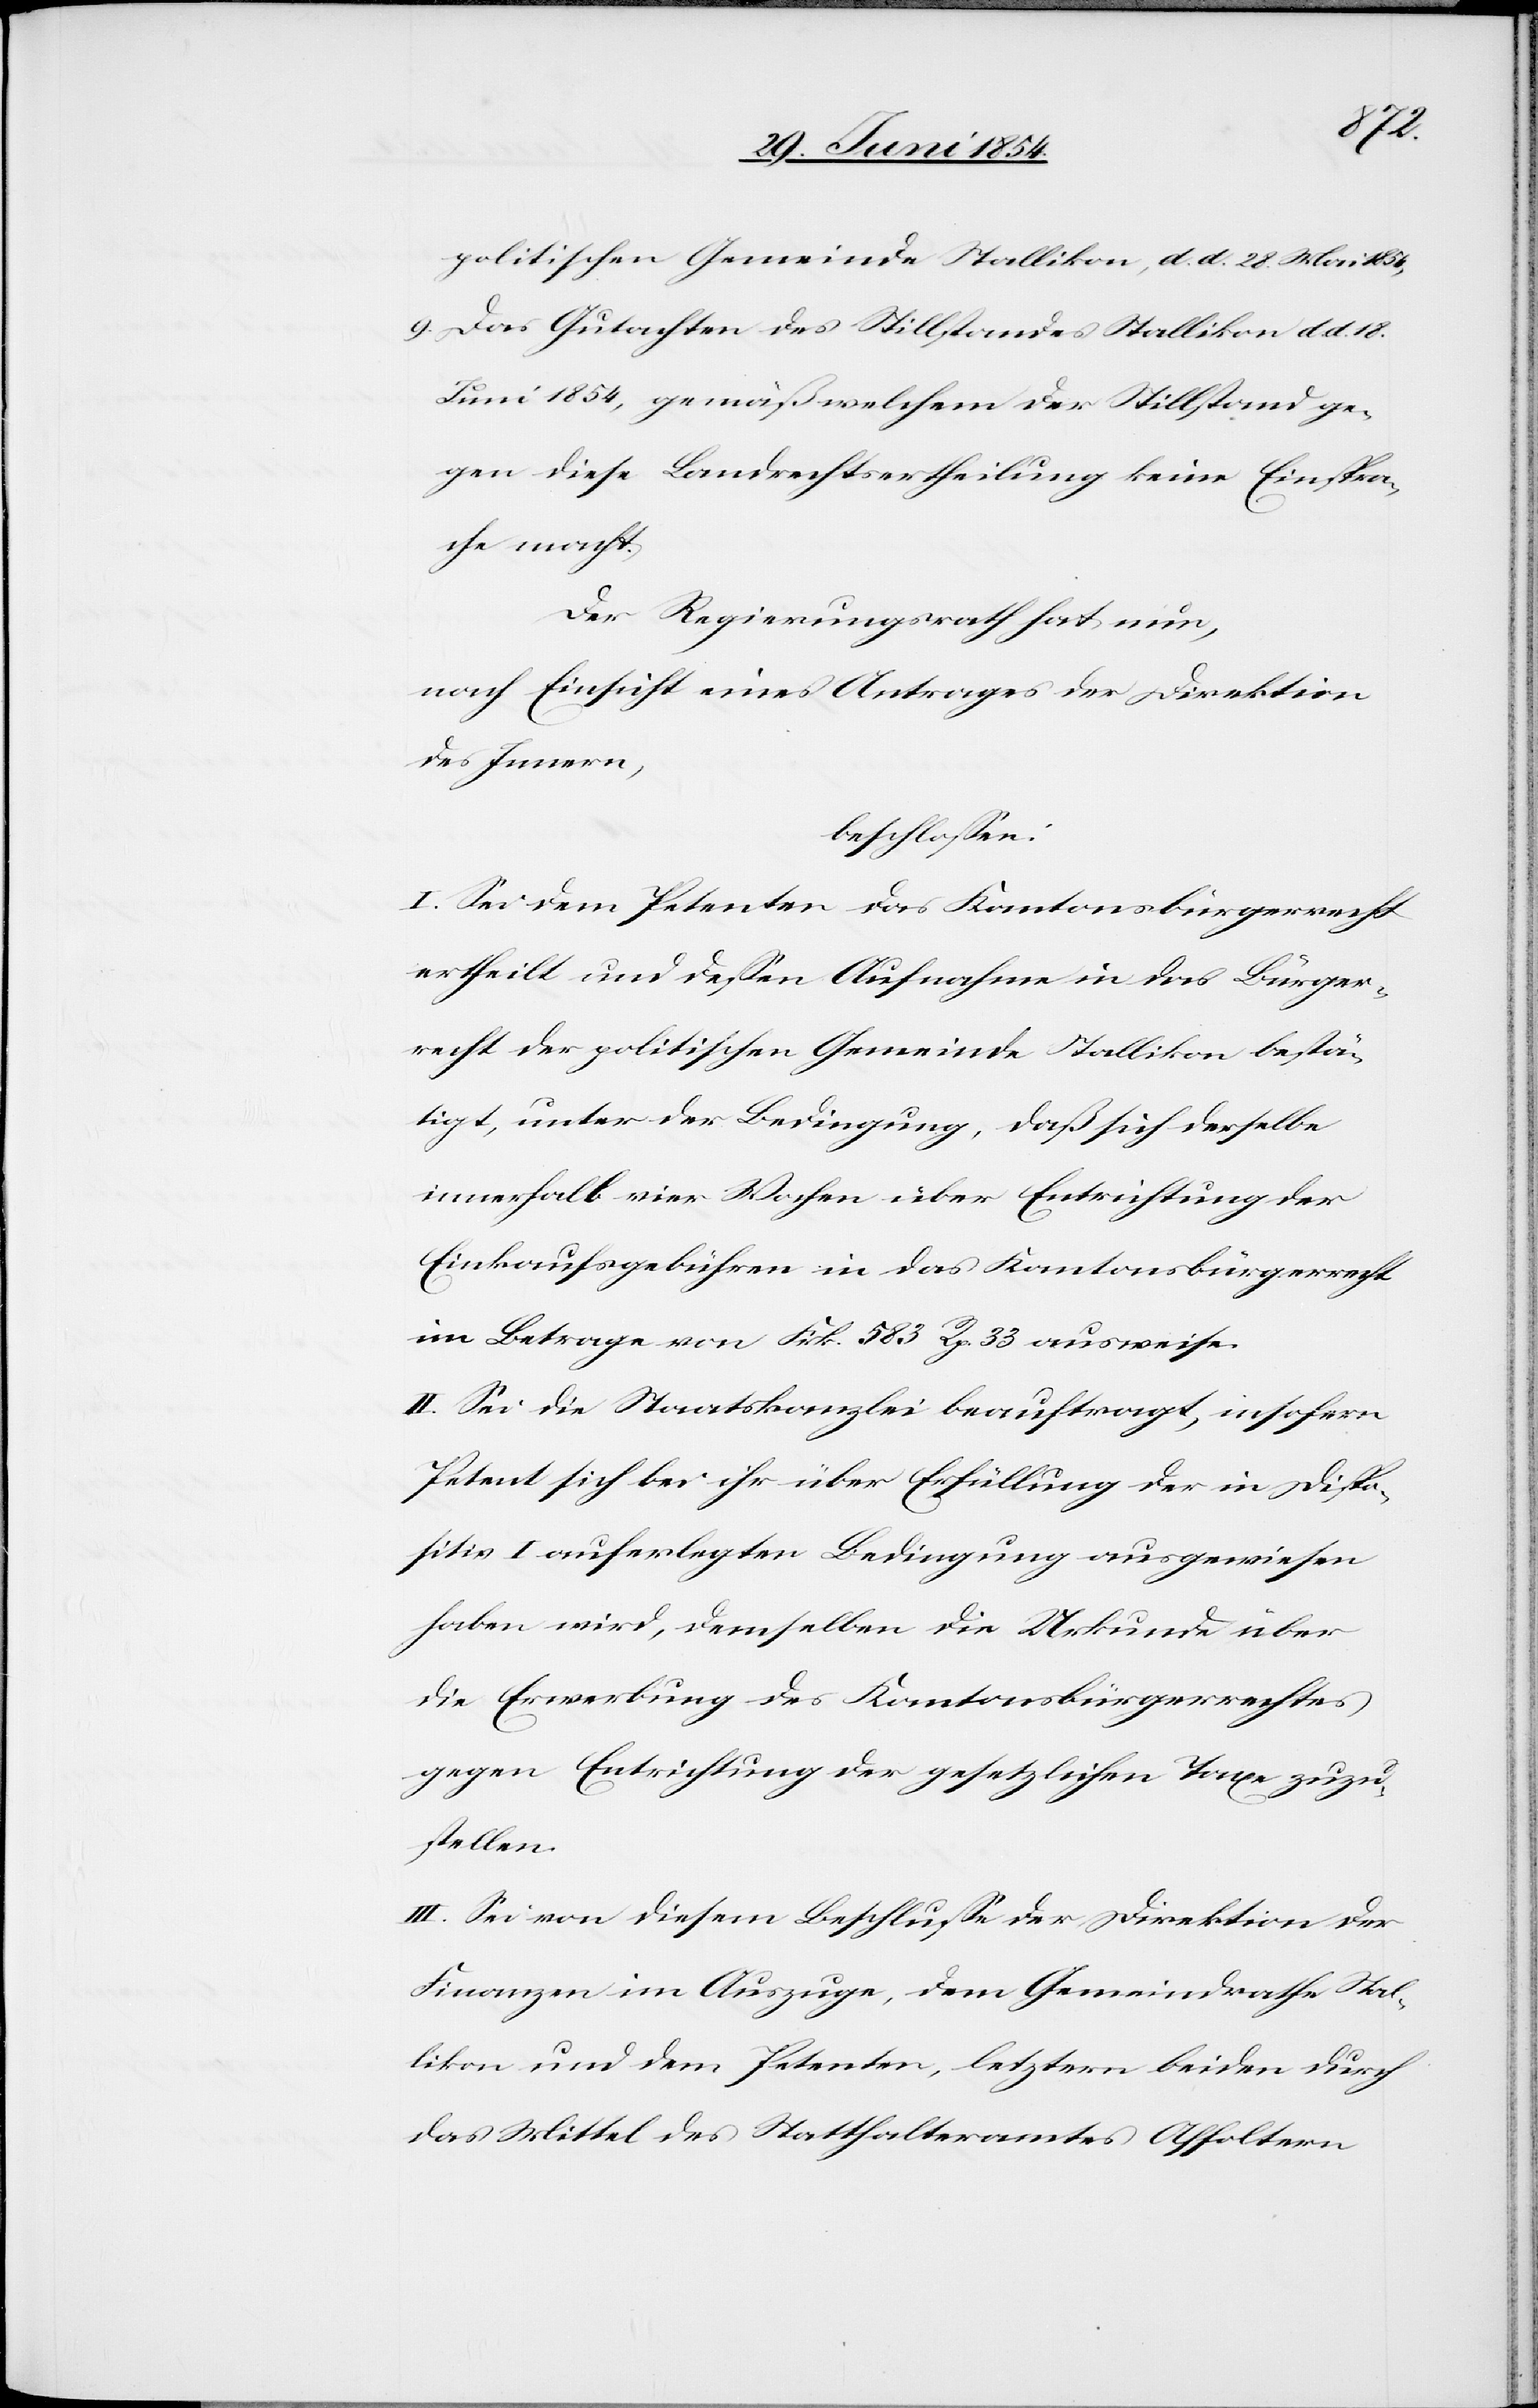
d. 18.
politischen Gemeinde Stallikon, d. d. 28. Mai
9. das Gutachten des Stillstandes Stallikon d.
Juni 1854, gemäß welchem der Stillstand ge¬
gen diese Landrechtsertheilung keine Einspra¬
che macht.
Der Regierungsrath hat nun,
nach Einsicht eines Antrages der Direktion
des Innern,
beschloßen:
I. Sei dem Petenten das Kantonsbürgerrecht
ertheilt und deßen Aufnahme in das Bürger¬
recht der politischen Gemeinde Stallikon bestä¬
tigt, unter der Bedingung, daß sich derselbe
innerhalb vier Wochen über Entrichtung der
Einkaufsgebühren in das Kantonsbürgerrecht
im Betrage von Frk. 583 R. 33 ausweise.
II. Sei die Staatskanzlei beauftragt, insofern
Petent sich bei ihr über Erfüllung der in Dispo¬
sitiv I auferlegten Bedingung ausgewiesen
haben wird, demselben die Urkunde über
die Erwerbung des Kantonsbürgerrechtes
gegen Entrichtung der gesetzlichen Taxe zuzu¬
stellen.
III. Sei von diesem Beschluße der Direktion der
Finanzen im Auszuge, dem Gemeindrathe Stal¬
likon und dem Petenten, letztern beiden durch
das Mittel des Statthalteramtes Affoltern